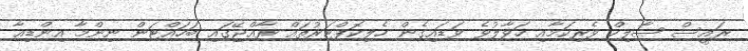
ރައީސް ޞާލިހް ވެރިކަމާއި ހަވާލުވެ ވަޑައިގެން ހެލިކޮޕްޓަރުތައް ރާއްޖޭގައި ބަހައްޓަން ނިންމާ އިންޑިއާ